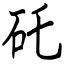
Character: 矺